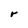
Character: r